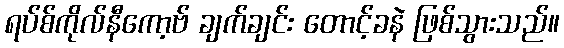
ရပ်စ်ကိုလ်နီကော့ဗ် ချက်ချင်း တောင့်ခနဲ ဖြစ်သွားသည်။